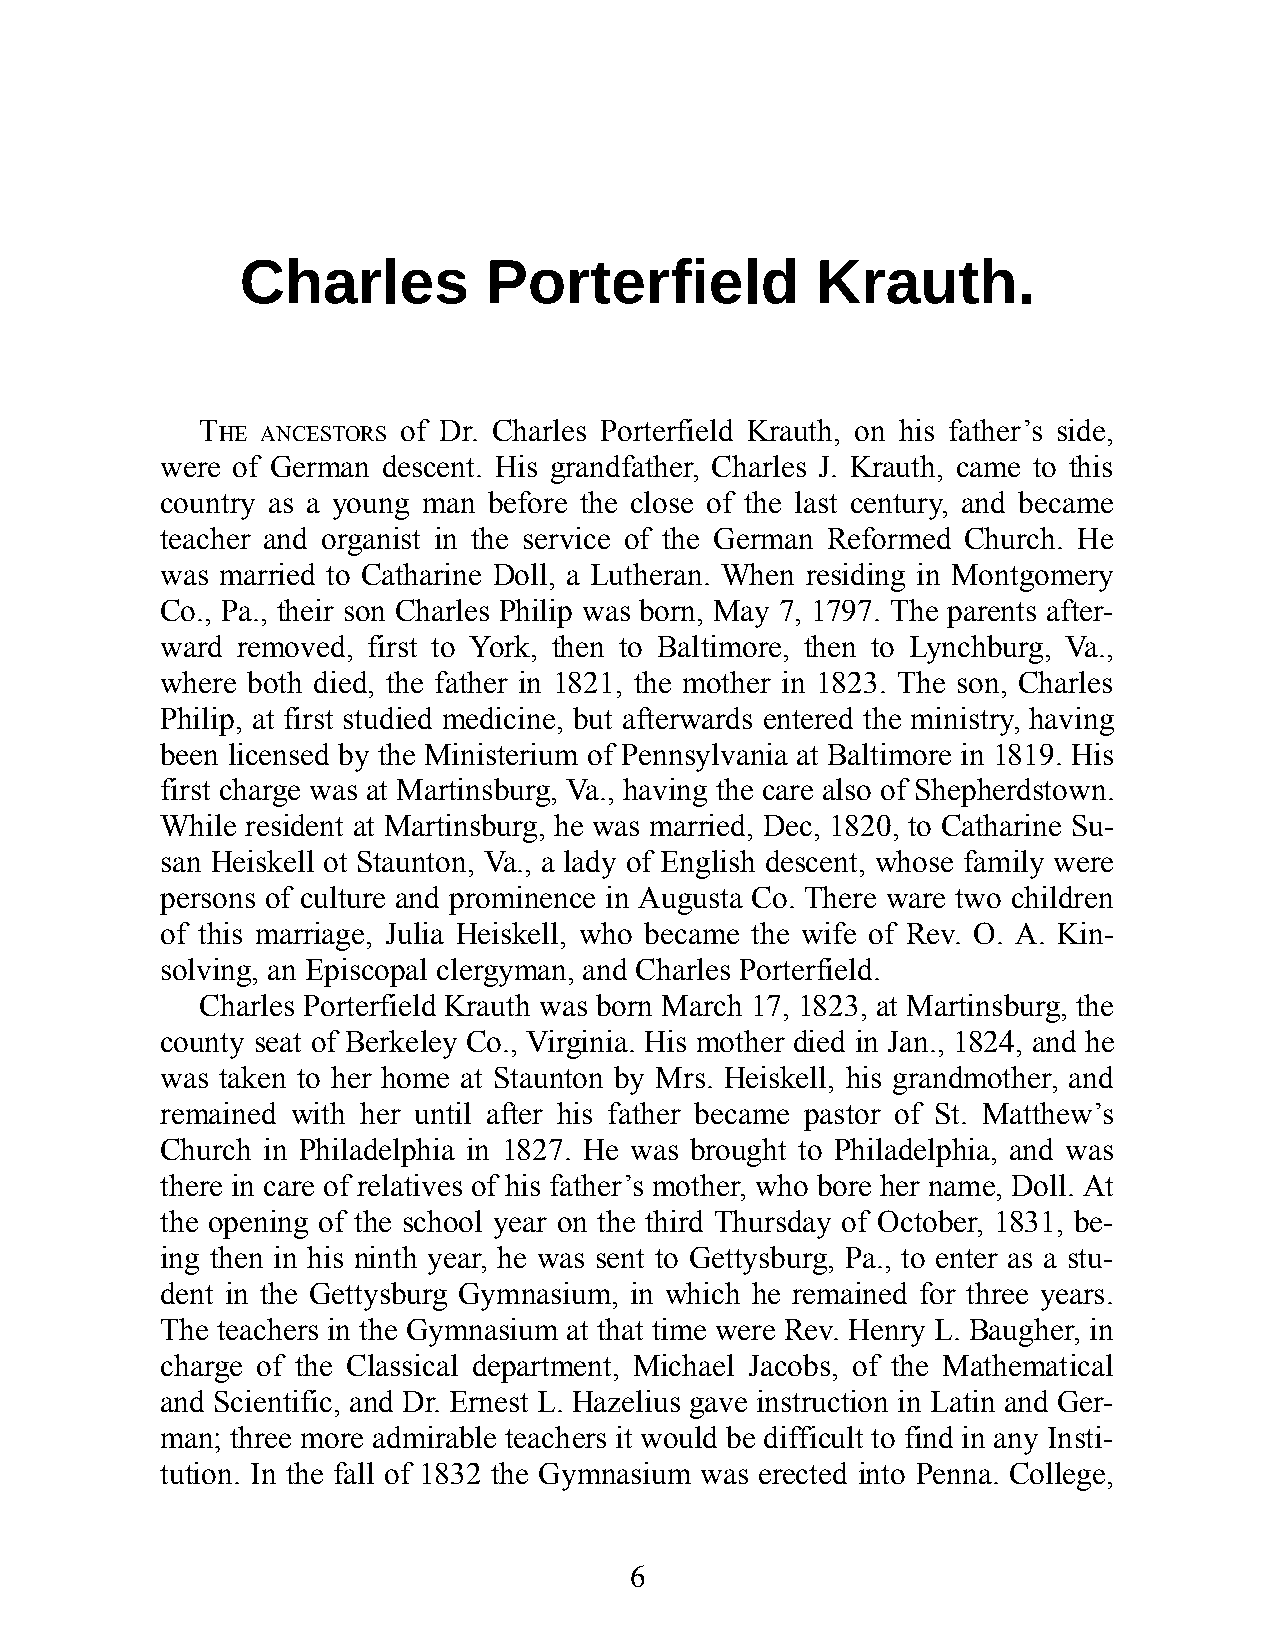
Charles         Porterf       ield    Krauth.
 T             of Dr. Charles Porterf ield Krauth, on his fa ther’s side,
 HE ANCESTORS
 were of Ger man des cent. His grandf a ther, Charles J. Krauth, came to this
 count ry as a young man bef ore the close of the last cent ury, and bec ame
 teacher and org ani st in the ser vice of the Ger man Re formed Church. He
 was mar ried to Catharine Doll, a Lutheran. When re sid ing in Mont gomery
 Co., Pa., their son Charles Philip was born, May 7, 1797. The pare nts af ter-
 ward re moved, first to York, then to Bal ti more, then to Lynchb urg, Va.,
 where both died, the fa ther in 1821, the mother in 1823. The son, Charles
 Philip, at first stud ied medicine, but af ter wards ent ered the mini stry, havi ng
 been li censed by the Min is terium of Penn syl van ia at Bal ti more in 1819. His
 first charge was at Mar tinsb urg, Va., havi ng the care also of Sheph erds town.
 While res id ent at Mar tinsb urg, he was mar ried, Dec, 1820, to Catharine Su-
 san Heiskell ot Staunton, Va., a lady of Eng lish des cent, whose fam ily were
 pers ons of cul ture and promi nence in Aug usta Co. There ware two child ren
 of this mar riage, Jul ia Heiskell, who bec ame the wife of Rev. O. A. Kin-
 solv ing, an Episc op al clerg y man, and Charles Porter field.
 Charles Porterf ield Krauth was born March 17, 1823, at Mar tins burg, the
 county seat of Berkel ey Co., Virg inia. His mother died in Jan., 1824, and he
 was taken to her home at Staunton by Mrs. Heiskell, his grand mother, and
 re mained with her un til af ter his fa ther bec ame past or of St. Matthew’s
 Church in Phila d el phia in 1827. He was brought to Phila d el phia, and was
 there in care of rel at ives of his fa ther’s mother, who bore her name, Doll. At
 the openi ng of the school year on the third Thursd ay of Oc tob er, 1831, be-
 ing then in his ninth year, he was sent to Gett ys burg, Pa., to ent er as a stu-
 dent in the Gett ysb urg Gym nas ium, in which he re mained for three years.
 The teach ers in the Gymn as ium at that time were Rev. Henry L. Baugher, in
 charge of the Clas si cal dep art ment, Michael Ja cobs, of the Math em ati c al
 and Sci en tific, and Dr. Ernest L. Hazelius gave ins truct ion in Latin and Ger-
 man; three more ad mirable teache rs it would be diff i cult to find in any In sti-
 tut ion. In the fall of 1832 the Gym nas ium was erected into Penna. Coll ege,
 6